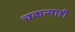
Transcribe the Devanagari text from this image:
चकत्याही